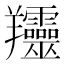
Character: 𦏰